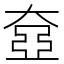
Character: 𡙞